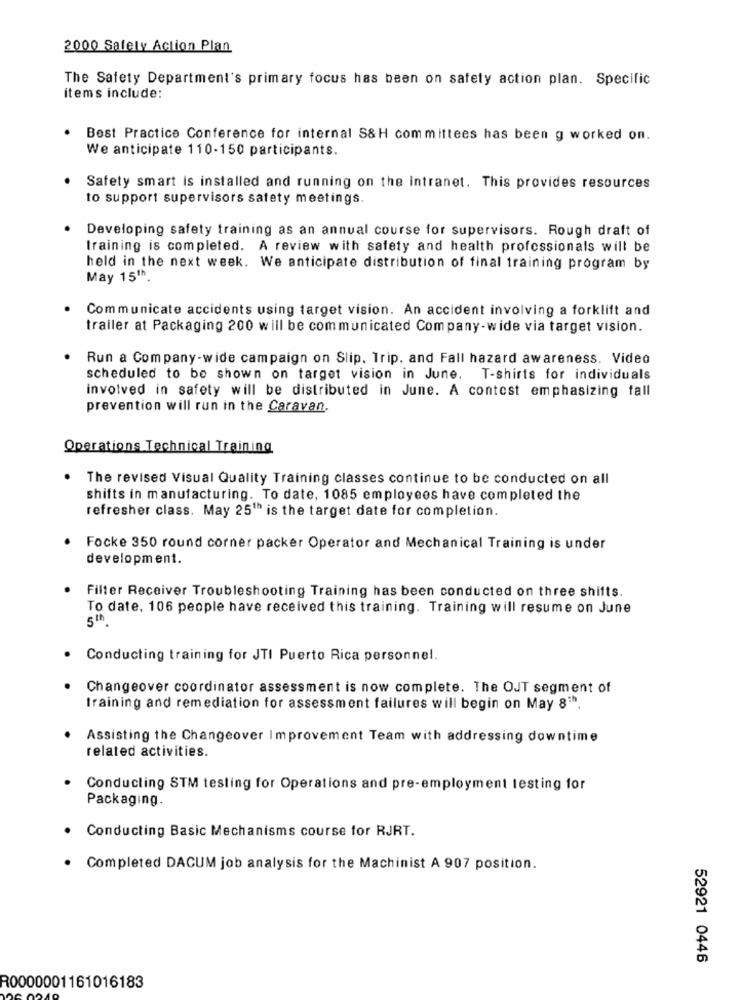
2000 Safely Action Plan
The Safety Department's primary focus has been on safely action plan. Specific
items include:
Best Practice Conference for internal S&H committees has been g worked on.
We anticipate 110-150 participants.
Safety smart is installed and running on the intranet. This provides resources
to support supervisors safety meetings.
Developing safety training as an annual course for supervisors. Rough draft of
training is completed. A review with safety and health professionals will be
held in the next week. We anticipate distribution of final training program by
May 151h.
Communicate accidents using target vision. An accident involving a forklift and
trailer at Packaging 200 will be communicated Company-wide via target vision.
Run a Company-wide campaign on Slip. Trip, and Fall hazard awareness. Video
scheduled to be shown on target vision in June. T-shirts for individuals
involved in safety will be distributed in June. A contest emphasizing fall
prevention will run in the Caravan.
Operations Technical Training
The revised Visual Quality Training classes continue to be conducted on all
shifts in manufacturing. To date, 1085 employees have completed the
refresher class. May 25" is the target date for completion.
Focke 350 round corner packer Operator and Mechanical Training is under
development.
Filter Receiver Troubleshooting Training has been conducted on three shifts.
To date. 106 people have received this training. Training will resume on June
5th
Conducting training for JTI Puerto Rica personnel.
Changeover coordinator assessment is now complete. The OJT segment of
training and remediation for assessment failures will begin on May 8=".
Assisting the Changeover Improvement Team with addressing downtime
related activities.
Conducting STM testing for Operations and pre-employment testing for
Packaging.
. Conducting Basic Mechanisms course for RJRT.
. Completed DACUM job analysis for the Machinist A 907 position.
52921 0446
R0000001161016183